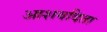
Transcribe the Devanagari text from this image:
आशवदिता